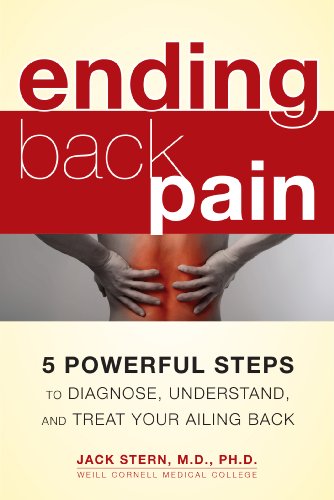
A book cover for Ending Back Pain: 5 Powerful Steps to Diagnose, Understand, and Treat Your Ailing Back; Dr. Jack Stern  M.D.  Ph.D.; Health, Fitness & Dieting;